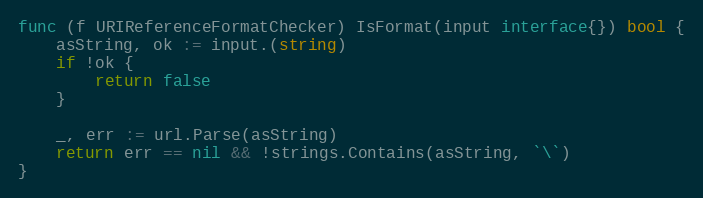
Language: Go
func (f URIReferenceFormatChecker) IsFormat(input interface{}) bool {
	asString, ok := input.(string)
	if !ok {
		return false
	}

	_, err := url.Parse(asString)
	return err == nil && !strings.Contains(asString, `\`)
}